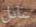
عادل